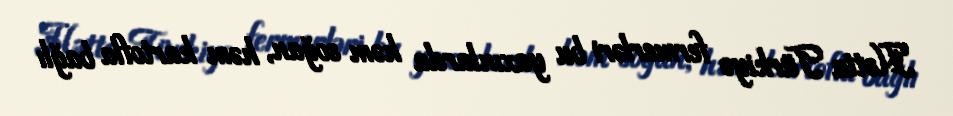
Hətta Türkiyə fermerləri bu yaxınlarda həm soğan, həm kartofla bağlı